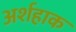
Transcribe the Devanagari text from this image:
अर्शहाक